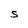
Character: S